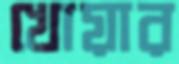
খোয়ার